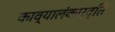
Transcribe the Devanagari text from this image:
काव्यालंकारवृति